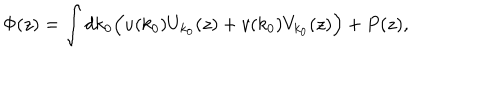
\Phi ( z ) = \int d k _ { 0 } \Bigl ( u ( k _ { 0 } ) U _ { k _ { 0 } } ( z ) + v ( k _ { 0 } ) V _ { k _ { 0 } } ( z ) \Bigr ) + P ( z ) ,